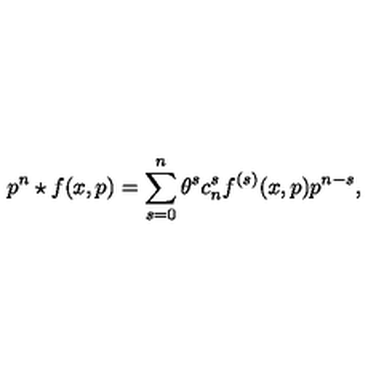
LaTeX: p ^ { n } \star f ( x , p ) = \sum _ { s = 0 } ^ { n } \theta ^ { s } c _ { n } ^ { s } f ^ { ( s ) } ( x , p ) p ^ { n - s } ,